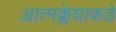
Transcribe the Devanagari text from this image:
आत्मक्लेशाकडे